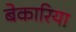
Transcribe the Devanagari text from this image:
बेकारिया